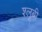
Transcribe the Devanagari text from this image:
श्लूबी